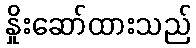
နှိုးဆော်ထားသည်